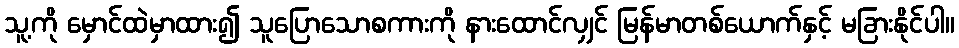
သူ့ကို မှောင်ထဲမှာထား၍ သူပြောသောစကားကို နားထောင်လျှင် မြန်မာတစ်ယောက်နှင့် မခြားနိုင်ပါ။